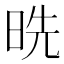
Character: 𰖅